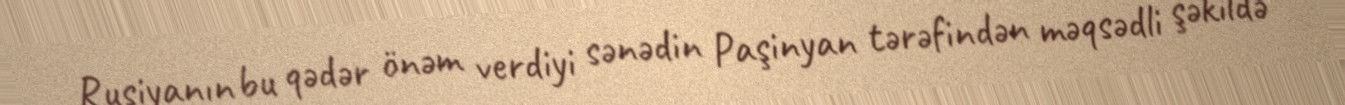
Rusiyanın bu qədər önəm verdiyi sənədin Paşinyan tərəfindən məqsədli şəkildə